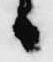
日